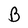
Character: B